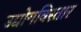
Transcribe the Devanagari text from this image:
उद्योगविस्तार